Annual report of the Central Committee of the Association together with the report of the directors of the Pasteur Institute at Kasauli
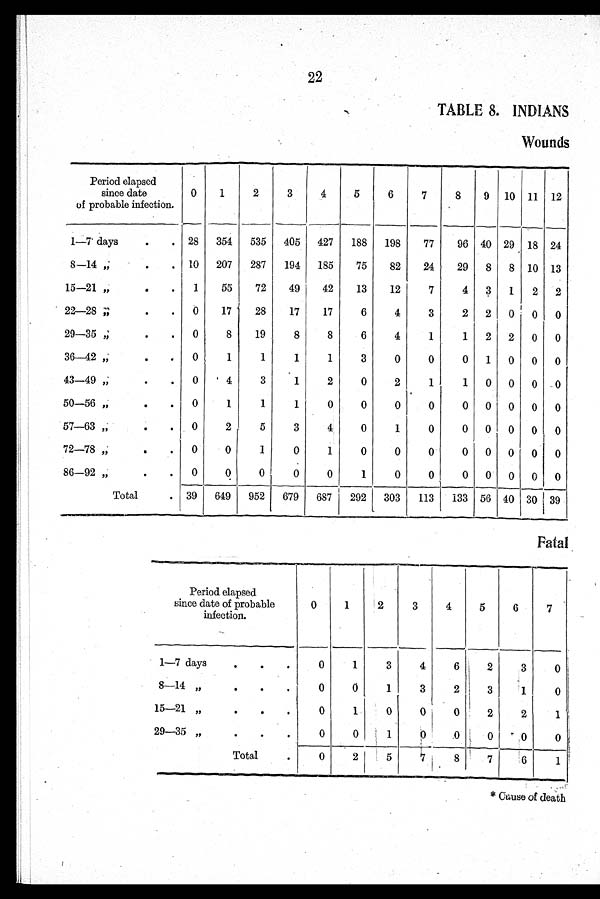
22
TABLE 8. INDIANS
Wounds
Period elapsed
since date
of probable infection.
0
1
2
3
4
5
6
7
8
9 10 11 12
1—7 days
28 354
535 405 427
188 198
77
96 40 29 18 24
8—14 "
10 207
287
194 185
75
82
24
29 8 8 10 13
15—21 "
1
55
72
49
42
13
12
7
4 3 1
2 2
22—28 "
0
17
28
17
17
6
4
3
2 2 0
0
0
29—35 "
0
8
19
8
8
6
4
1
1
2 2 0
0
36—42 "
0
1
1
1
1
3
0
0
0
1
0 0 0
43—49 "
0
4
3
1
2
0
2
1
1
0 0 0
0
50—56 "
0
1
1
1
0
0
0
0
0 0 0 0 0
57—63 "
0
2.
5
3
4
0
1
0
0 0 0 0 0
72—78 "
0
0
1
0
1
0
0
0
0 0 0 0 0
86—92 "
0
0
0
0
0
1
0
0
0 0 0 0 0
Total
39 649 952
679 687
292 303
113
133 56 40 30
3 9
Fatal
Period elapsed
since date of probable
infection.
0
1
2
3
4
5
6
7
1—7 days
0
1
3
4
6
2
3
0
8—14 "
0
0
1
3
2
3
1
0
1 5 — 2 1 "
0
1
0
0
0
2
2
1
29—35 "
0
0
1
0
0
0
0
0
Total
0
2
5
7
8
7
6
1
* Cause of death